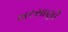
ખરસાણી